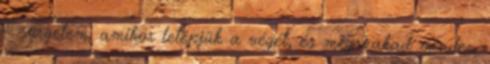
– sürgetem, amikor letépjük a végét, és megszakad minden